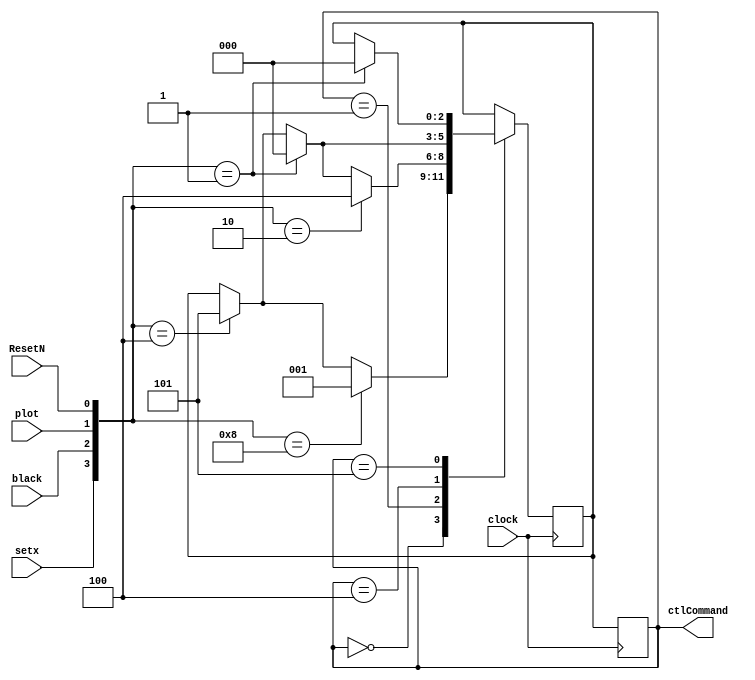
module FSM(clock,setx,black,plot,ResetN,ctlCommand);
input black;
input clock;
input setx;
input plot;
input ResetN;
output[2:0]ctlCommand;

reg [3:0]input_command;
always@(*)
begin
input_command[0]<=ResetN;//4'b0001  ResetN
input_command[1]<=plot;//4'b0010  save y value and plot
input_command[2]<=black;//4'b0100  set the entire screen to be black
input_command[3]<=setx;//4'b1000 save x value

end
localparam  s0   = 3'b000,// initial state,x=0,y=0
            s1   = 3'b001, // get x value
            //s2   = 3'b010,// clear x value & clear y value
            s3   = 3'b100,//get y value & plot
            s4   = 3'b101;//make the screen black again

reg [2:0] current_command;
reg [2:0] next_command;

always@(posedge clock)
begin
     case(current_command)
	  s0:begin
	        if(input_command==4'b1000)
			  next_command<=s1;
			  else if(input_command==4'b0100)
			  next_command<=s4;
		  end
	  s1:begin
	        if(input_command==4'b0010)
			  next_command<=s3;
			  else if(input_command==4'b0001)
			  next_command<=s0;
			  else if( input_command==4'b0100)
			  next_command<=s4;
		  end
	  s3:begin
	        if(input_command==4'b0001)
			  next_command<=s0;
			  else if(input_command==4'b0100)
			  next_command<=s4;
		  end
	  s4:begin
	        if(input_command==4'b0001)
			  next_command<=s0;
			  end
	default:current_command=s0;
	  endcase
	  
	  current_command<=next_command;
	  end
	  
	  assign ctlCommand=current_command;
	  
endmodule